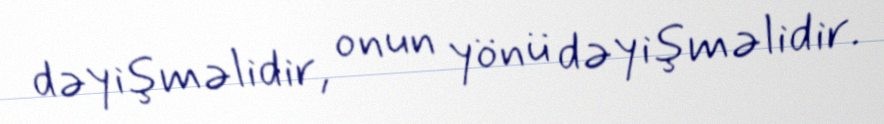
dəyişməlidir, onun yönü dəyişməlidir.